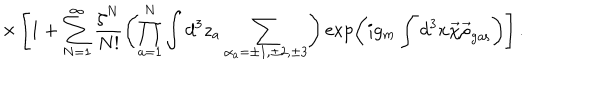
\times \left[ 1 + \sum _ { N = 1 } ^ { \infty } \frac { \zeta ^ { N } } { N ! } \left( \prod _ { a = 1 } ^ { N } \int d ^ { 3 } z _ { a } \sum _ { \alpha _ { a } = \pm 1 , \pm 2 , \pm 3 } ^ { } \right) \exp \left( i g _ { m } \int d ^ { 3 } x \vec { \chi } \vec { \rho } _ { \mathrm { g a s } } \right) \right] .